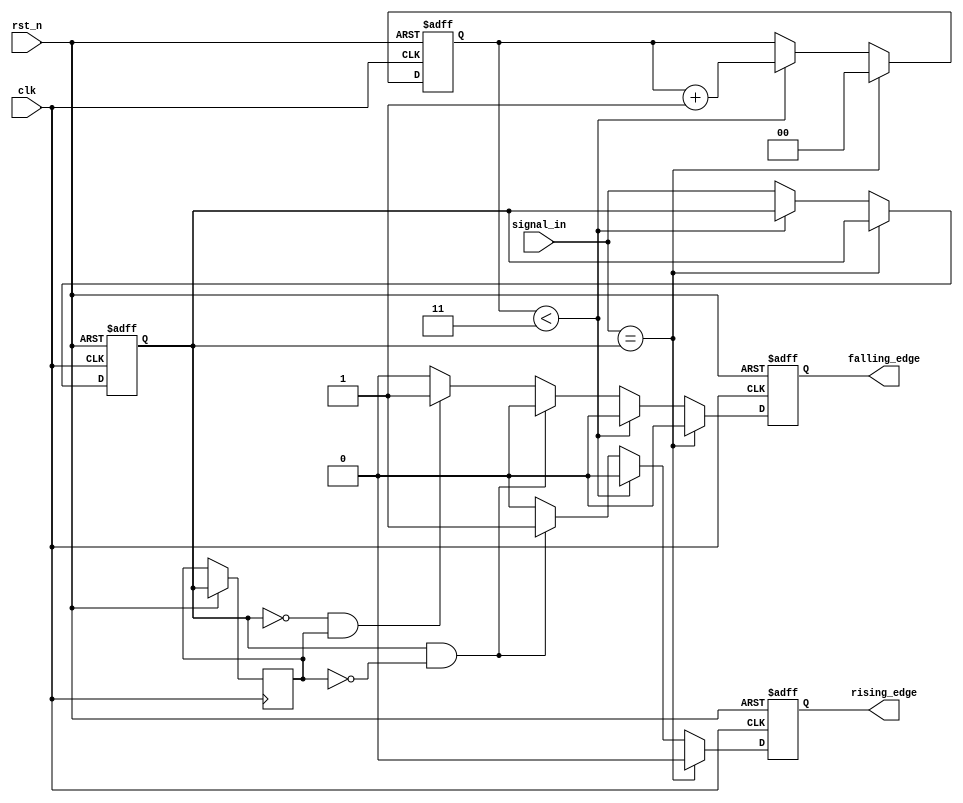
module DebouncedEdgeDetector(
    input wire clk,                // Clock input
    input wire rst_n,              // Active-low asynchronous reset
    input wire signal_in,          // Noisy input signal
    output reg rising_edge,        // Rising edge detection output
    output reg falling_edge        // Falling edge detection output
);

    // Parameter for debounce time in clock cycles
    parameter DEBOUNCE_TIME = 4; // Adjust based on your requirements

    reg [1:0] debounce_counter;    // Debounce counter
    reg prev_state;                // Previous stable state
    reg current_state;             // Current stable state

    // Debounce logic with counter
    always @(posedge clk or negedge rst_n) begin
        if (!rst_n) begin
            debounce_counter <= 0;
            current_state <= 0;
            rising_edge <= 0;
            falling_edge <= 0;
        end else begin
            // Start with default output states
            rising_edge <= 0;
            falling_edge <= 0;

            // Check for stable signal
            if (signal_in == current_state) begin
                debounce_counter <= 0; // Reset counter if signal is stable
            end else if (debounce_counter < DEBOUNCE_TIME - 1) begin
                debounce_counter <= debounce_counter + 1; // Increment counter
            end else begin
                current_state <= signal_in; // Update current_state after debounce time
                // Detect edges
                if (current_state && !prev_state) begin
                    rising_edge <= 1; // Rising edge detected
                end else if (!current_state && prev_state) begin
                    falling_edge <= 1; // Falling edge detected
                end
            end

            // Update previous state at the end
            prev_state <= current_state;
        end
    end

endmodule